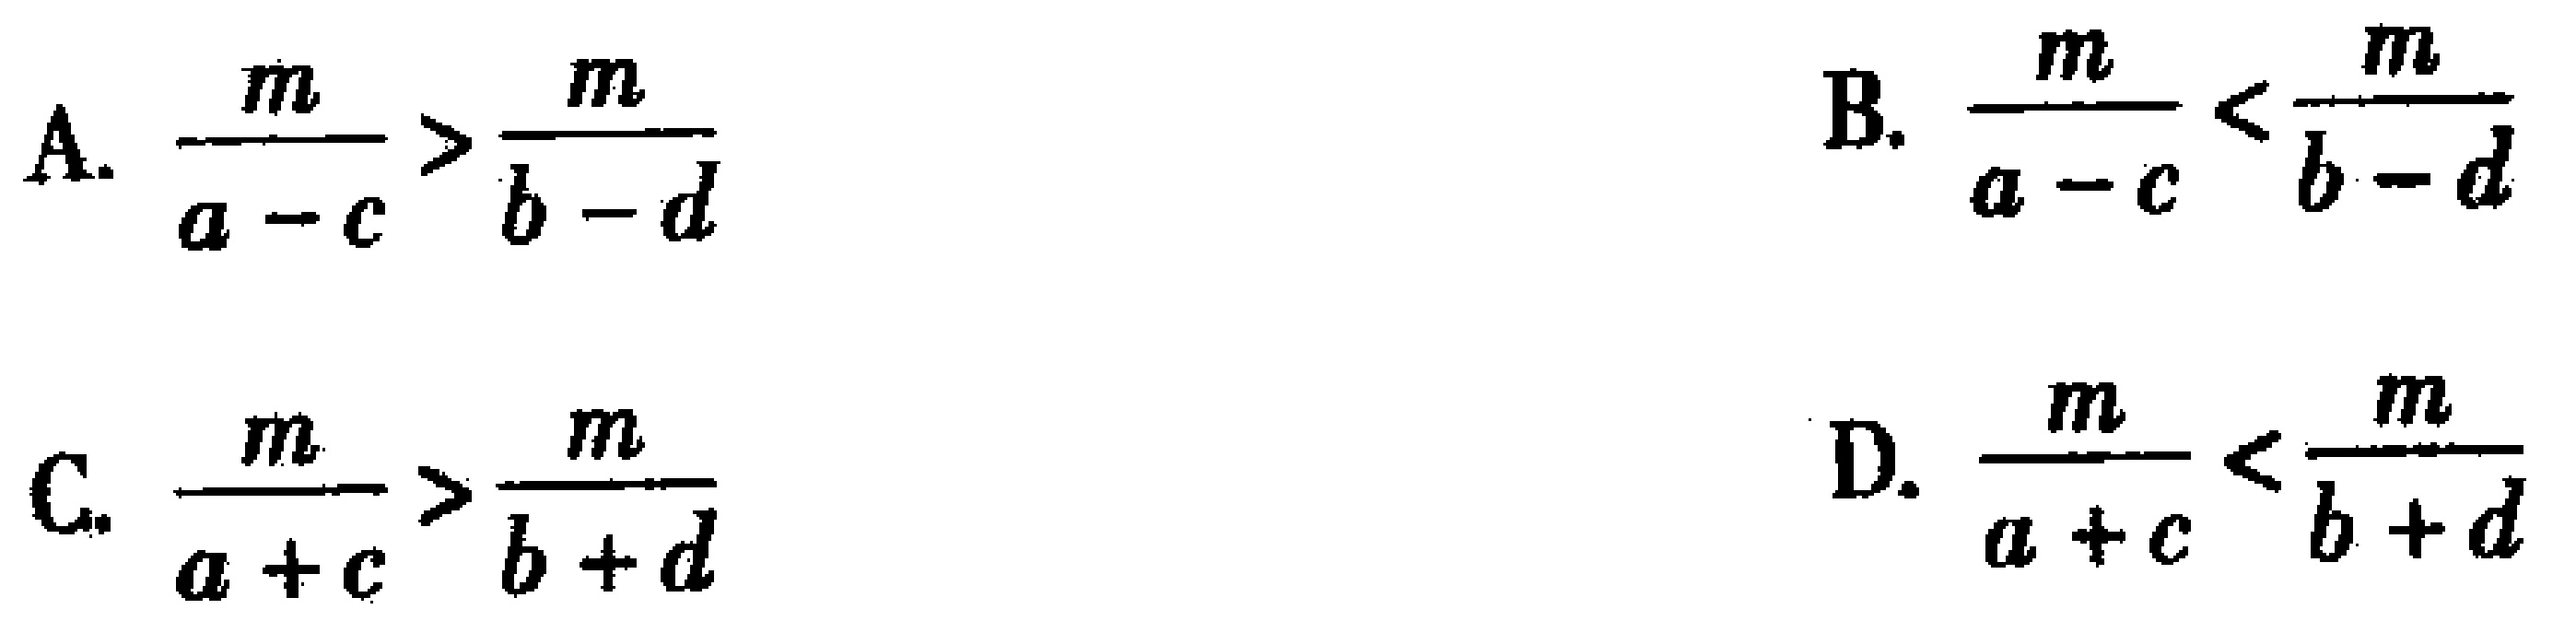
A. $\frac{m}{a - c} > \frac{m}{b - d}$

B. $\frac{m}{a - c} < \frac{m}{b - d}$

C. $\frac{m}{a + c} > \frac{m}{b + d}$

D. $\frac{m}{a + c} < \frac{m}{b + d}$